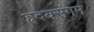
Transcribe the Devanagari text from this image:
हृदयसंगम